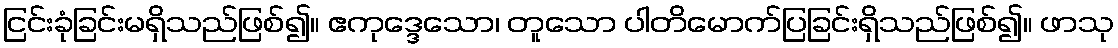
ငြင်းခုံခြင်းမရှိသည်ဖြစ်၍။ ဧကုဒ္ဒေသော၊ တူသော ပါတိမောက်ပြခြင်းရှိသည်ဖြစ်၍။ ဖာသု